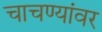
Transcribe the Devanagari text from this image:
चाचण्यांवर